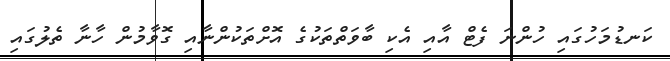
ކަނޑުމަހުގައި ހުންނަ ފެޓް އާއި އެކި ބާވަތްތަކުގެ އޮށްތަކުންނާއި ގޮވާމުން ހާނާ ތެލުގައި